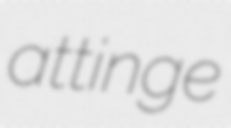
attinge